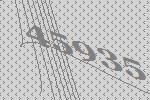
45935